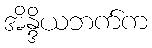
အိန္ဒိယဘက်က